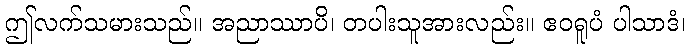
ဤလက်သမားသည်။ အညာဿာပိ၊ တပါးသူအားလည်း။ ဧဝရူပံ ပါသာဒံ၊